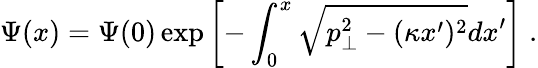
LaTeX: \Psi(x)=\Psi(0)\exp\left[-\int_{0}^{x}\sqrt{p_{\perp}^{2}-(\kappa x^{\prime})^{2}}dx^{\prime}\right]\; .